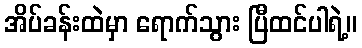
အိပ်ခန်းထဲမှာ ရောက်သွား ပြီထင်ပါရဲ့။